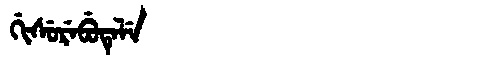
Manchu: ᡤᡳᠰᡠᡵᡝᠪᡠᡨᡝᠯᡝ
Romanization: GISUREBUTELE